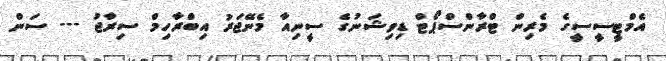
އެމްޓީސީސީގެ މެރިން ޓްރާންސްޕޯޓް ޑިވިޝަނުގެ ސީނިއާ މެނޭޖަރު އިބްރާހިމް ސިރާޖު --- ސަން